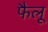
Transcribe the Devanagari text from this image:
फैलू